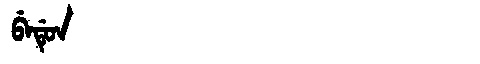
Manchu: ᠪᡝᡩᡠᠨ
Romanization: BEDUN